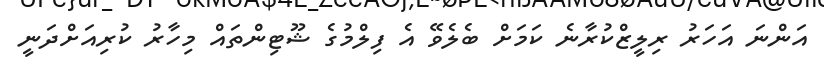
އަންނަ އަހަރު ރިލީޒްކުރާނެ ކަމަށް ބެލެވޭ އެ ފިލްމުގެ ޝޫޓިންތައް މިހާރު ކުރިއަށްދަނީ